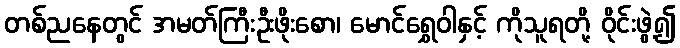
တစ်ညနေတွင် အမတ်ကြီးဦးဖိုးစော၊ မောင်ရွှေဝါနှင့် ကိုသူရတို့ ဝိုင်းဖွဲ့၍